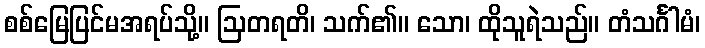
စစ်မြေပြင်မအရပ်သို့။ ဩတရတိ၊ သက်၏။ သော၊ ထိုသူရဲသည်။ တံသင်္ဂါမံ၊